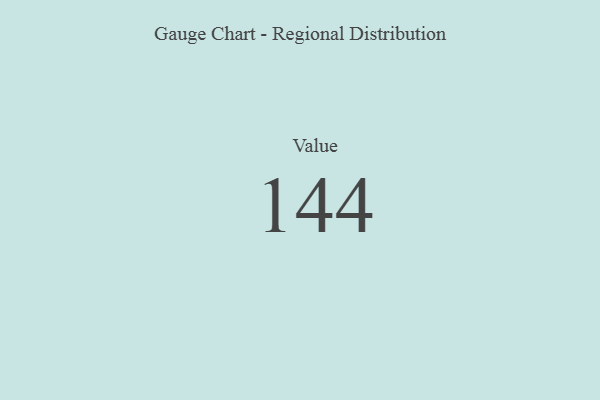
{"axis": {"x": "Metric", "y": "Value"}, "legend": [""], "data": [{"x": "Value", "y": 144, "type": ""}]}